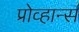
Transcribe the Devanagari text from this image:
प्रोव्हान्स